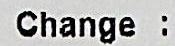
CHANGE :